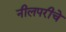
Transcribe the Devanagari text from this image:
नीलपरीचे